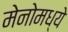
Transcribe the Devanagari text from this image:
मेनोमध्ये